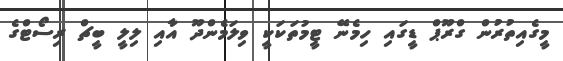
މީގެއިތުރުން ގްރޫޕް ޑީގައި ހިމެނޭ ޓީމުތަކަކީ ވިލަމެންދޫ އާއި ލިލީ ބީޗް ރިސޯޓްގެ